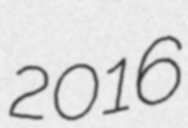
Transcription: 2016